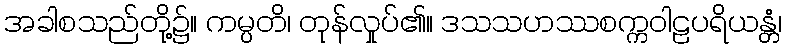
အခါစသည်တို့၌။ ကမ္ပတိ၊ တုန်လှုပ်၏။ ဒသသဟဿစက္ကဝါဠပရိယန္တံ၊